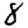
Digit: 8